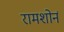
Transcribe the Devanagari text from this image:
रामशोर्न